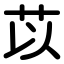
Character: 苡